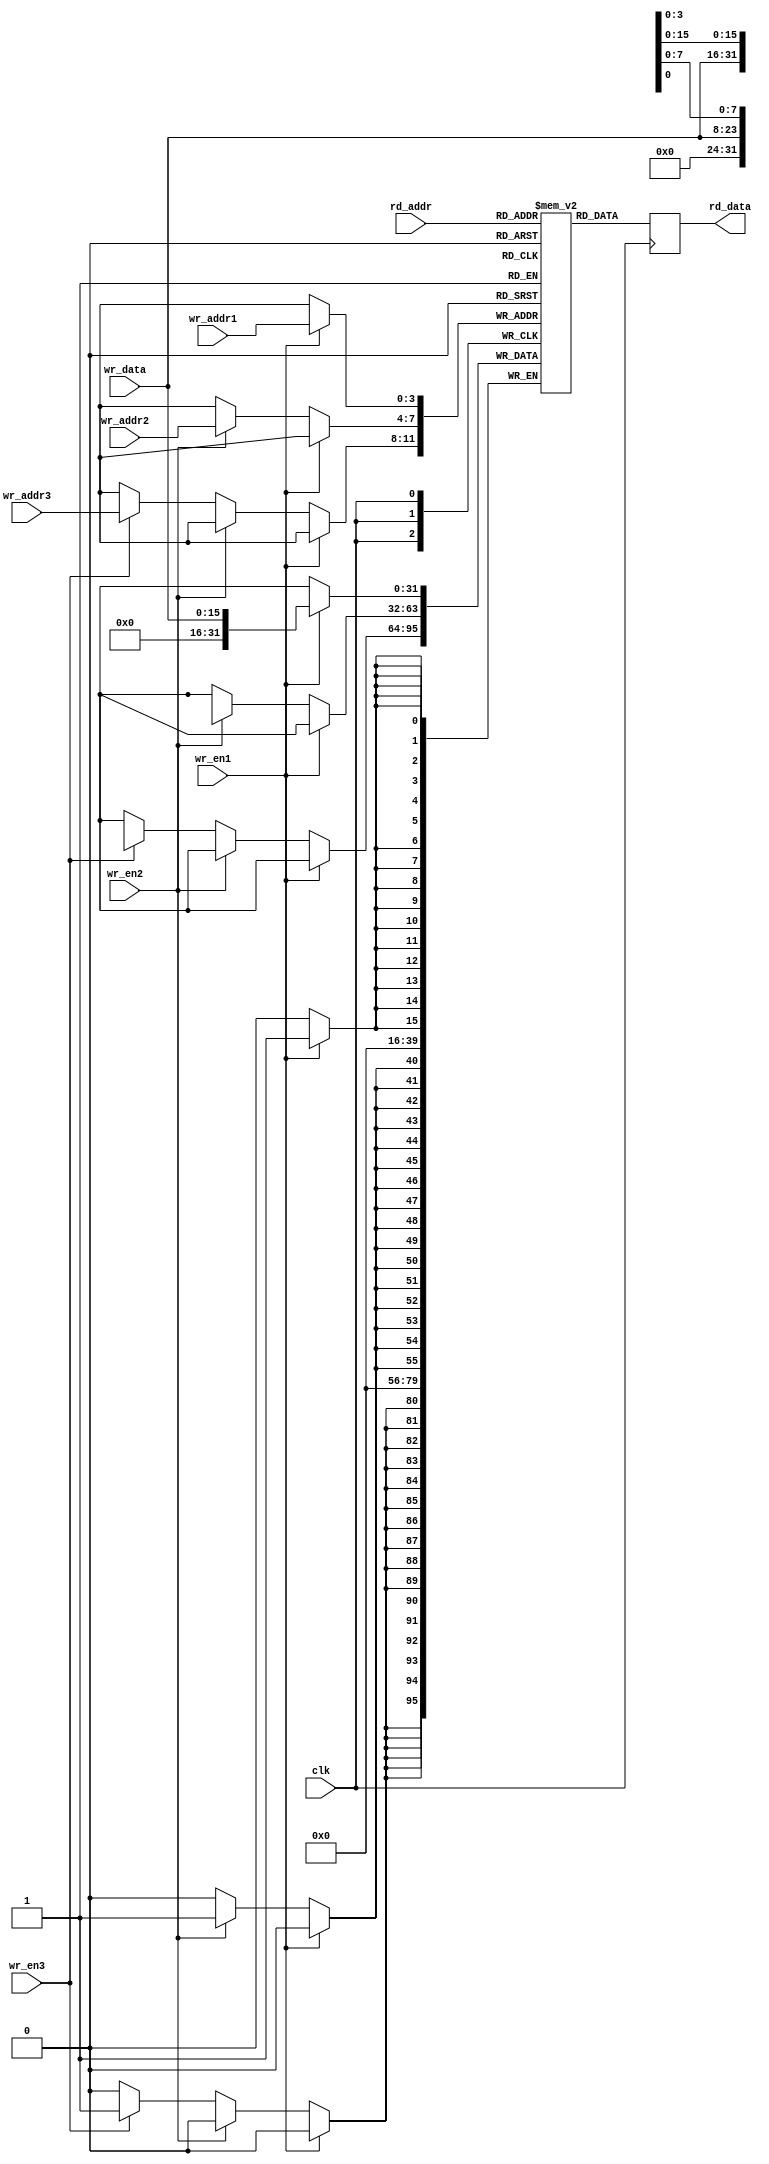
// expect-wr-ports 1
// expect-rd-ports 1

module test(
	input clk,
	input wr_en1, wr_en2, wr_en3,
	input [3:0] wr_addr1, wr_addr2, wr_addr3,
	input [15:0] wr_data,
	input [3:0] rd_addr,
	output reg [31:0] rd_data
);

reg [31:0] mem [0:15];

always @(posedge clk) begin
	if (wr_en1)
		mem[wr_addr1][15:0] <= wr_data;
	else if (wr_en2)
		mem[wr_addr2][23:8] <= wr_data;
	else if (wr_en3)
		mem[wr_addr3][31:16] <= wr_data;
	rd_data <= mem[rd_addr];
end

endmodule